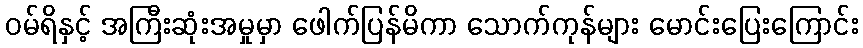
ဝမ်ရိနှင့် အကြီးဆုံးအမှုမှာ ဖေါက်ပြန်မိကာ သောက်ကုန်များ မောင်းပြေးကြောင်း